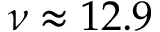
\nu \approx 1 2 . 9